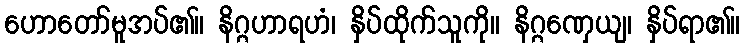
ဟောတော်မူအပ်၏။ နိဂ္ဂဟာရဟံ၊ နှိပ်ထိုက်သူကို။ နိဂ္ဂဏှေယျ၊ နှိပ်ရာ၏။